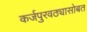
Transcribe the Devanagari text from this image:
कर्जपुरवठ्यासोबत